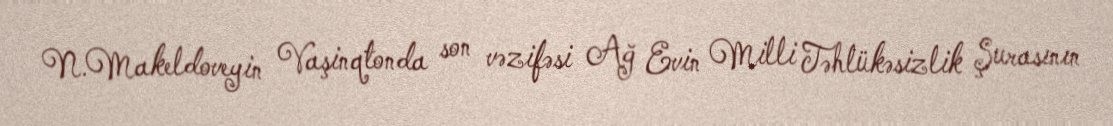
N.Makeldoveyin Vaşinqtonda son vəzifəsi Ağ Evin Milli Təhlükəsizlik Şurasının